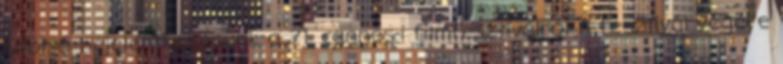
Utolsó bejelentkezésünk a 71. cannes-i filmfesztiválról A fesztivál végére